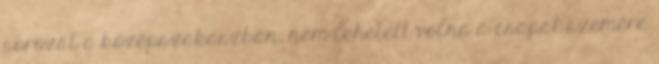
sorozat a középszakaszban, nem lehetett volna a csapat szemére